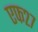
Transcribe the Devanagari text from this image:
एफ२७